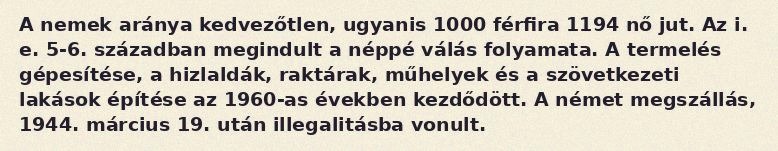
A nemek aránya kedvezőtlen, ugyanis 1000 férfira 1194 nő jut. Az i. e. 5-6. században megindult a néppé válás folyamata. A termelés gépesítése, a hizlaldák, raktárak, műhelyek és a szövetkezeti lakások építése az 1960-as években kezdődött. A német megszállás, 1944. március 19. után illegalitásba vonult.